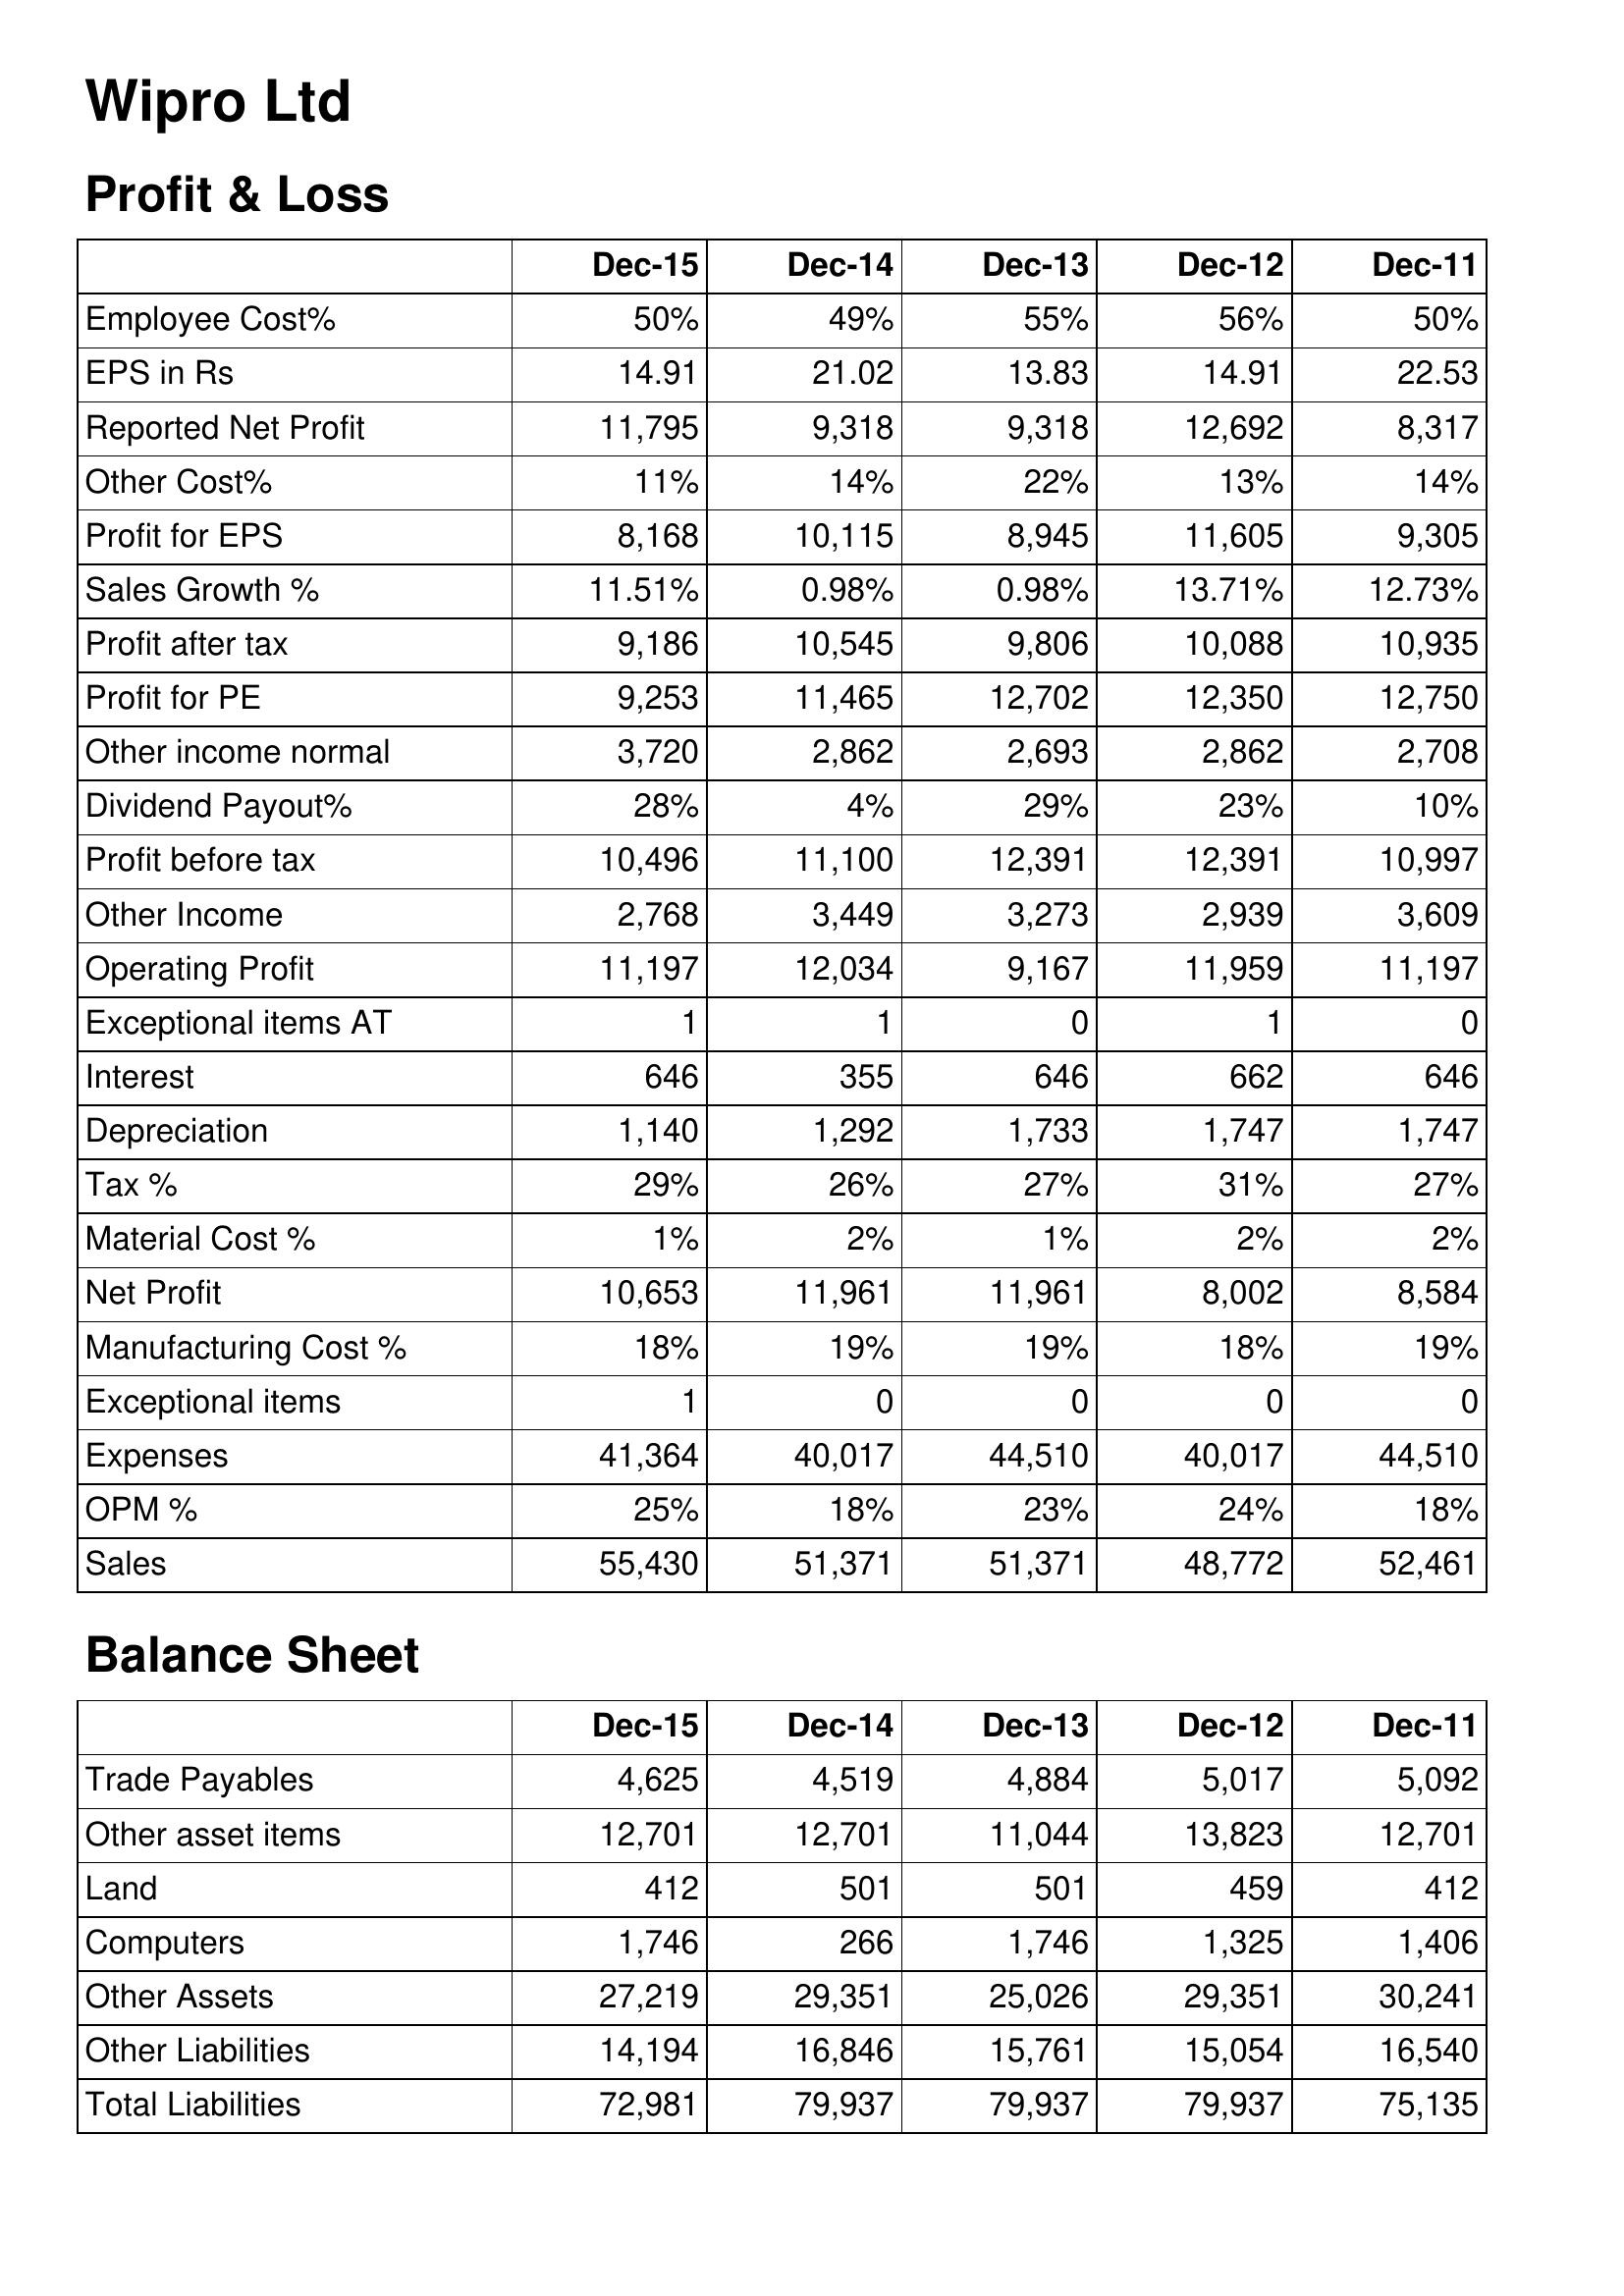
Dec-15: Profit & Loss: Employee Cost%: 50%
EPS in Rs: 14.91
Reported Net Profit: 11,795
Other Cost%: 11%
Profit for EPS: 8,168
Sales Growth %: 11.51%
Profit after tax: 9,186
Profit for PE: 9,253
Other income normal: 3,720
Dividend Payout%: 28%
Profit before tax: 10,496
Other Income: 2,768
Operating Profit: 11,197
Exceptional items AT: 1
Interest: 646
Depreciation: 1,140
Tax %: 29%
Material Cost %: 1%
Net Profit: 10,653
Manufacturing Cost %: 18%
Exceptional items: 1
Expenses: 41,364
OPM %: 25%
Sales: 55,430
Balance Sheet: Trade Payables: 4,625
Other asset items: 12,701
Land: 412
Computers: 1,746
Other Assets: 27,219
Other Liabilities: 14,194
Total Liabilities: 72,981
Dec-14: Profit & Loss: Employee Cost%: 49%
EPS in Rs: 21.02
Reported Net Profit: 9,318
Other Cost%: 14%
Profit for EPS: 10,115
Sales Growth %: 0.98%
Profit after tax: 10,545
Profit for PE: 11,465
Other income normal: 2,862
Dividend Payout%: 4%
Profit before tax: 11,100
Other Income: 3,449
Operating Profit: 12,034
Exceptional items AT: 1
Interest: 355
Depreciation: 1,292
Tax %: 26%
Material Cost %: 2%
Net Profit: 11,961
Manufacturing Cost %: 19%
Exceptional items: 0
Expenses: 40,017
OPM %: 18%
Sales: 51,371
Balance Sheet: Trade Payables: 4,519
Other asset items: 12,701
Land: 501
Computers: 266
Other Assets: 29,351
Other Liabilities: 16,846
Total Liabilities: 79,937
Dec-13: Profit & Loss: Employee Cost%: 55%
EPS in Rs: 13.83
Reported Net Profit: 9,318
Other Cost%: 22%
Profit for EPS: 8,945
Sales Growth %: 0.98%
Profit after tax: 9,806
Profit for PE: 12,702
Other income normal: 2,693
Dividend Payout%: 29%
Profit before tax: 12,391
Other Income: 3,273
Operating Profit: 9,167
Exceptional items AT: 0
Interest: 646
Depreciation: 1,733
Tax %: 27%
Material Cost %: 1%
Net Profit: 11,961
Manufacturing Cost %: 19%
Exceptional items: 0
Expenses: 44,510
OPM %: 23%
Sales: 51,371
Balance Sheet: Trade Payables: 4,884
Other asset items: 11,044
Land: 501
Computers: 1,746
Other Assets: 25,026
Other Liabilities: 15,761
Total Liabilities: 79,937
Dec-12: Profit & Loss: Employee Cost%: 56%
EPS in Rs: 14.91
Reported Net Profit: 12,692
Other Cost%: 13%
Profit for EPS: 11,605
Sales Growth %: 13.71%
Profit after tax: 10,088
Profit for PE: 12,350
Other income normal: 2,862
Dividend Payout%: 23%
Profit before tax: 12,391
Other Income: 2,939
Operating Profit: 11,959
Exceptional items AT: 1
Interest: 662
Depreciation: 1,747
Tax %: 31%
Material Cost %: 2%
Net Profit: 8,002
Manufacturing Cost %: 18%
Exceptional items: 0
Expenses: 40,017
OPM %: 24%
Sales: 48,772
Balance Sheet: Trade Payables: 5,017
Other asset items: 13,823
Land: 459
Computers: 1,325
Other Assets: 29,351
Other Liabilities: 15,054
Total Liabilities: 79,937
Dec-11: Profit & Loss: Employee Cost%: 50%
EPS in Rs: 22.53
Reported Net Profit: 8,317
Other Cost%: 14%
Profit for EPS: 9,305
Sales Growth %: 12.73%
Profit after tax: 10,935
Profit for PE: 12,750
Other income normal: 2,708
Dividend Payout%: 10%
Profit before tax: 10,997
Other Income: 3,609
Operating Profit: 11,197
Exceptional items AT: 0
Interest: 646
Depreciation: 1,747
Tax %: 27%
Material Cost %: 2%
Net Profit: 8,584
Manufacturing Cost %: 19%
Exceptional items: 0
Expenses: 44,510
OPM %: 18%
Sales: 52,461
Balance Sheet: Trade Payables: 5,092
Other asset items: 12,701
Land: 412
Computers: 1,406
Other Assets: 30,241
Other Liabilities: 16,540
Total Liabilities: 75,135